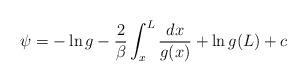
LaTeX: \begin{align*}\psi=- \ln g -{2 \over \beta} \int_{x}^{L}{dx \over g(x)} +\ln g(L) +c\end{align*}